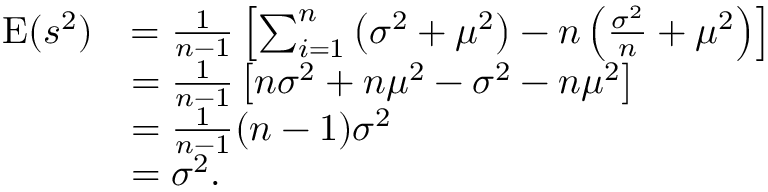
{ \begin{array} { r l } { \operatorname { E } ( s ^ { 2 } ) } & { = { \frac { 1 } { n - 1 } } \left[ \sum _ { i = 1 } ^ { n } \left( \sigma ^ { 2 } + \mu ^ { 2 } \right) - n \left( { \frac { \sigma ^ { 2 } } { n } } + \mu ^ { 2 } \right) \right] } \\ & { = { \frac { 1 } { n - 1 } } \left[ n \sigma ^ { 2 } + n \mu ^ { 2 } - \sigma ^ { 2 } - n \mu ^ { 2 } \right] } \\ & { = { \frac { 1 } { n - 1 } } ( n - 1 ) \sigma ^ { 2 } } \\ & { = \sigma ^ { 2 } . } \end{array} }